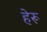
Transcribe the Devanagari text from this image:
हेरू